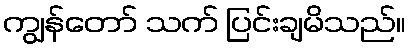
ကျွန်တော် သက် ပြင်းချမိသည်။